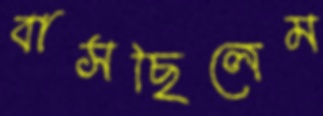
বাসছিলেম